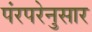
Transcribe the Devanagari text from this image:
पंरपरेनुसार